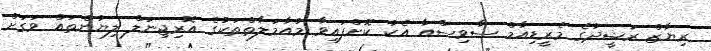
ރިޔާޒް ރަޝީދުގެ މެރީޑިއާމް ސާވިސްއާ އެކު ކޮށްފައިވާ މުއާމަލާތްތަކުގެ އޮރިޖިނަލް ލިޔުންތައް ވަގަށް